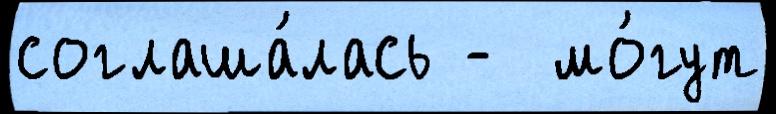
соглаша́лась -  мо́гут